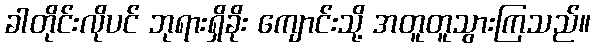
ခါတိုင်းလိုပင် ဘုရားရှိခိုး ကျောင်းသို့ အတူတူသွားကြသည်။